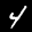
Label: 4